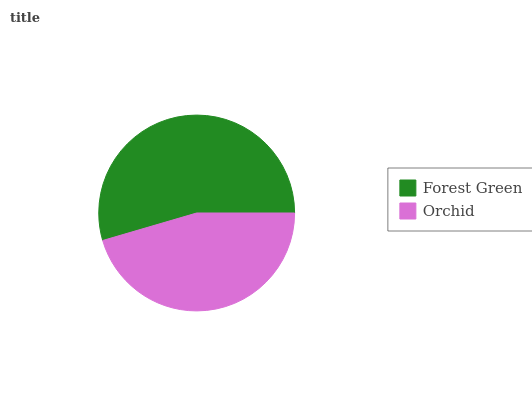
| Forest Green | Orchid |
 | --- | --- |
 | 54.5% | 45.5% |